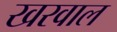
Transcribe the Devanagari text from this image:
खरवाल